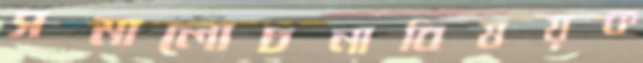
সমালোচনাবিষয়ক